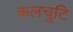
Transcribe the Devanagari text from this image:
कलचुटि